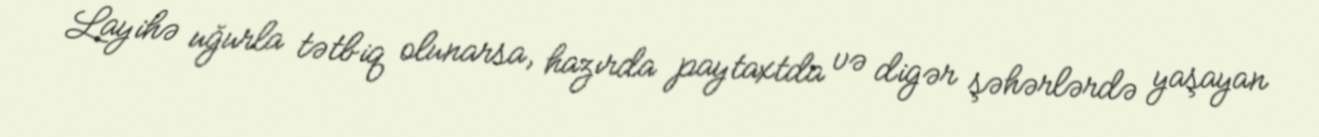
Layihə uğurla tətbiq olunarsa, hazırda paytaxtda və digər şəhərlərdə yaşayan